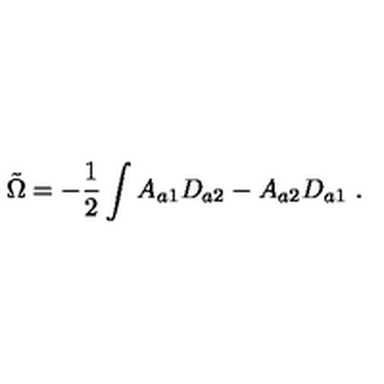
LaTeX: \tilde { \Omega } = - \frac { 1 } { 2 } \int A _ { a 1 } D _ { a 2 } - A _ { a 2 } D _ { a 1 } \ .